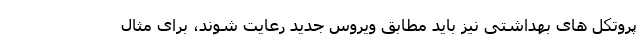
پروتکل های بهداشتی نیز باید مطابق ویروس جدید رعایت شوند، برای مثال